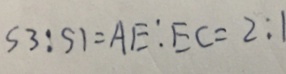
S 3 : S 1 = A E : E C = 2 : 1